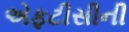
એફટીસીની